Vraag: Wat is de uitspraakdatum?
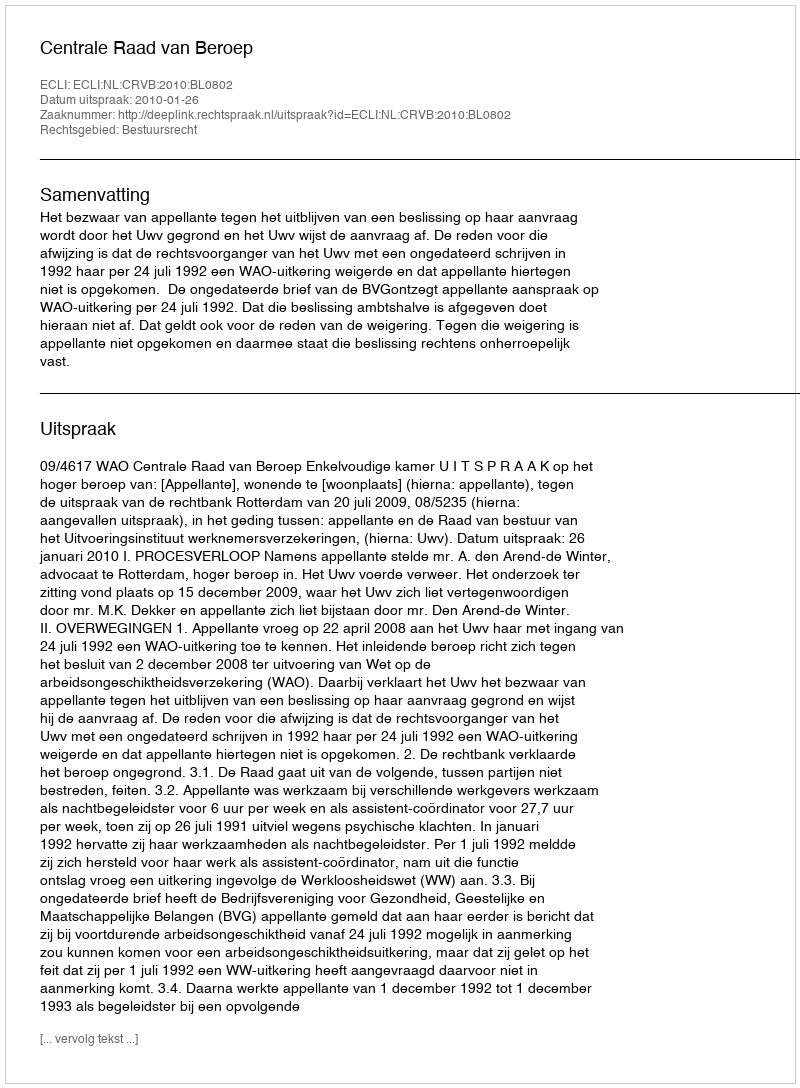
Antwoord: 2010-01-26